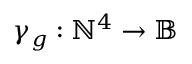
\gamma _ { g } : \mathbb { N } ^ { 4 } \rightarrow \mathbb { B }